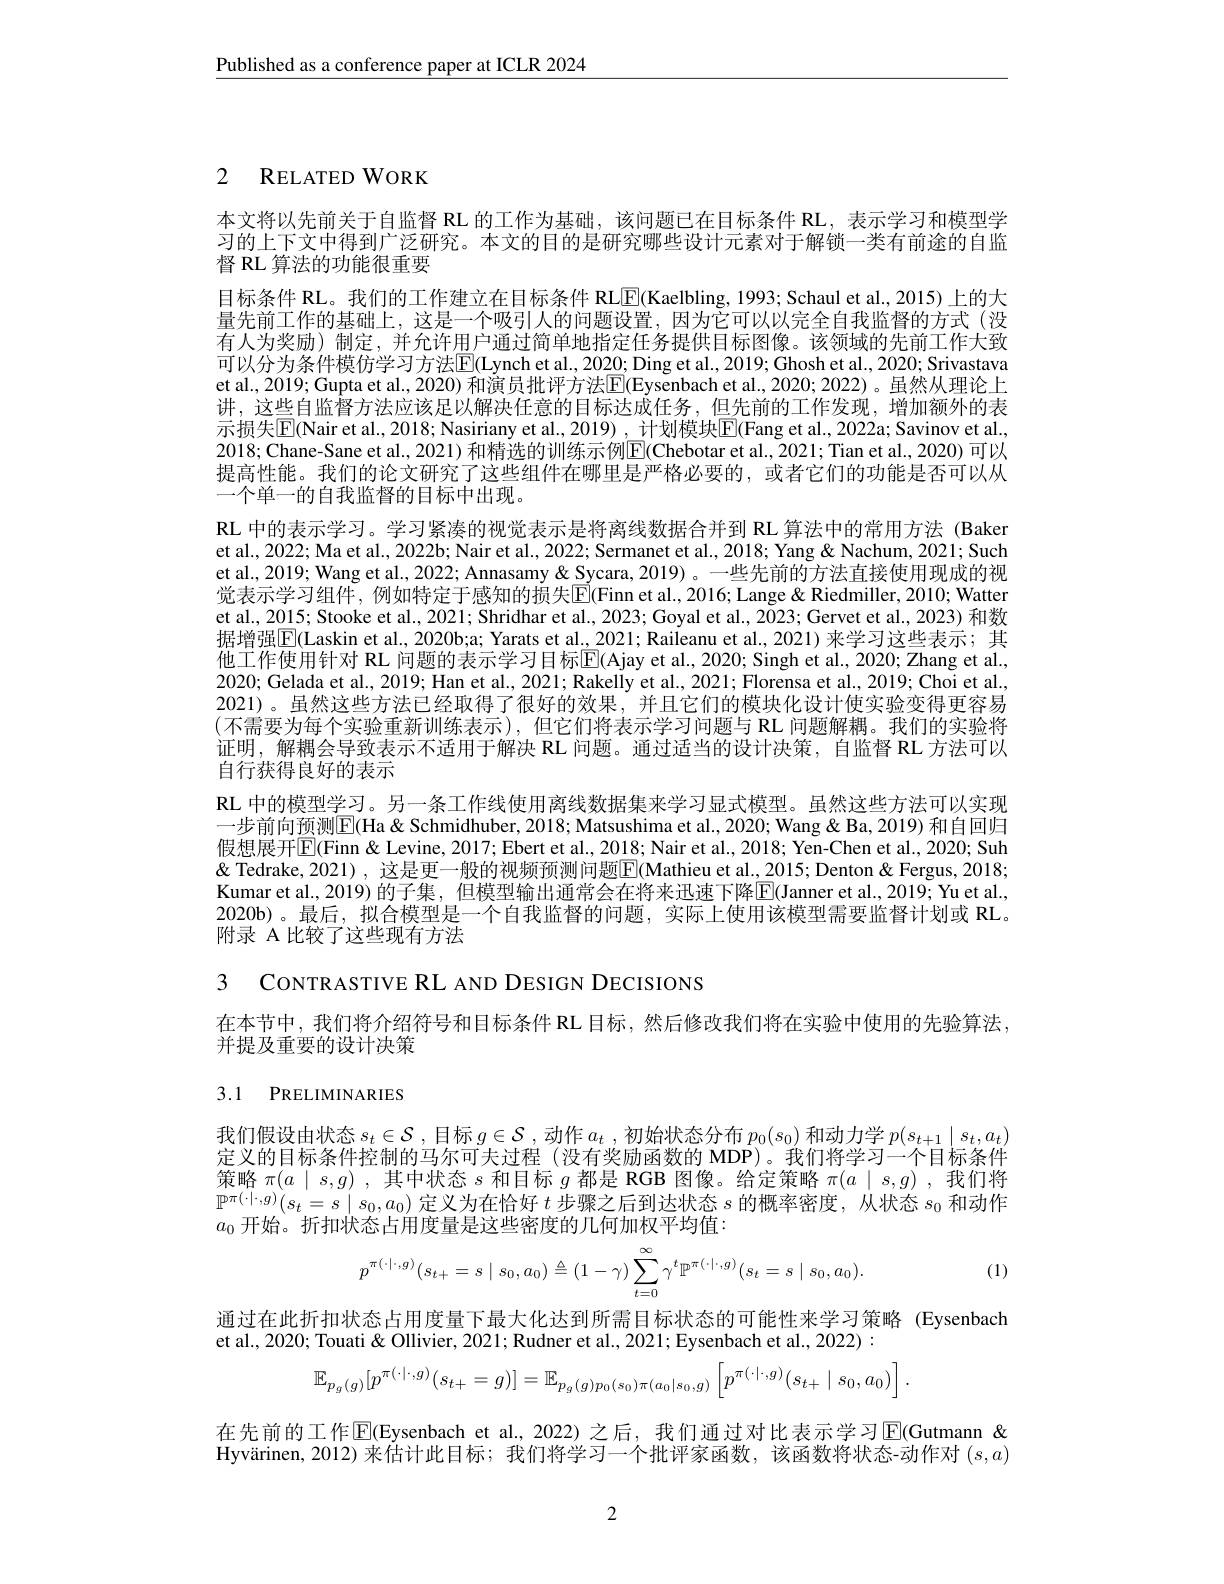
$\underline{\text{Published as a conference paper at ICLR 2024}}$

2 RELATED WORK

本文将以先前关于自监督 RL 的工作为基础，该问题已在目标条件 RL,表示学习和模型学习的上下文中得到广泛研究。本文的目的是研究哪些设计元素对于解锁一类有前途的自监督 RL 算法的功能很重要
目标条件 RL。我们的工作建立在目标条件 RL$\underline{\mathrm{E}}($Kaelbling, 1993; Schaul et al., 2015) 上的大量先前工作的基础上，这是一个吸引人的问题设置，因为它可以以完全自我监督的方式(没有人为奖励)制定，并允许用户通过简单地指定任务提供目标图像。该领域的先前工作大致可以分为条件模仿学习方法$\overline{\mathrm{E}}($Lynch et al., 2020; Ding et al., 2019; Ghosh et al., 2020; Srivastava et al., 2019; Gupta et al., 2020) 和演员批评方法E(Eysenbach et al., 2020; 2022)。虽然从理论上讲，这些自监督方法应该足以解决任意的目标达成任务，但先前的工作发现，增加额外的表示损失$\mathbb{E}($Nair et al., 2018; Nasiriany et al., 2019) , 计划模块$\mathbb{E}($Fang et al., 2022a; Savinov et al., 2018; Chane-Sane et al., 2021) 和精选的训练示例$\mathbb{E}($Chebotar et al., 2021; Tian et al., 2020) 可以提高性能。我们的论文研究了这些组件在哪里是严格必要的，或者它们的功能是否可以从一个单一的自我监督的目标中出现。
RL 中的表示学习。学习紧凑的视觉表示是将离线数据合并到 RL 算法中的常用方法 (Baker et al., 2022; Ma et al., 2022b; Nair et al., 2022; Sermanet et al., 2018; Yang & Nachum, 2021; Such et al., 2019; Wang et al., 2022; Annasamy & Sycara, 2019)。一些先前的方法直接使用现成的视觉表示学习组件，例如特定于感知的损失$\boxed{\mathrm{E}}($Finn et al., 2016; Lange & Riedmiller, 2010; Watter et al, 2015; Stooke et al., 2021; Shridhar et al., 2023; Goyal et al., 2023; Gervet et al., 2023) 和数据增强$\boxed{\mathrm{E}}($Laskin et al., 2020b;a; Yarats et al., 2021; Raileanu et al., 2021)来学习这些表示；其他工作使用针对 RL 问题的表示学习目标E(Ajay et al., 2020; Singh et al., 2020; Zhang et al., 2020; Gelada et al., 2019; Han et al., 2021; Rakelly et al., 2021; Florensa et al., 2019; Choi et al. 2021)。虽然这些方法已经取得了很好的效果，并且它们的模块化设计使实验变得更容易(不需要为每个实验重新训练表示),但它们将表示学习问题与 RL 问题解耦。我们的实验将证明，解耦会导致表示不适用于解决 RL 问题。通过适当的设计决策，自监督 RL 方法可以自行获得良好的表示
RL 中的模型学习。另一条工作线使用离线数据集来学习显式模型。虽然这些方法可以实现一步前向预测$\boxed{\mathrm{E}}($Ha& Schmidhuber, 2018; Matsushima et al., 2020; Wang & 2019) 和自回归假想展开$\boxed{\mathbb{E}}($Finn & Levine, 2017; Ebert et al., 2018; Nair et al., 2018; Yen-Chen et al., 2020; Suh $\&$ Tedrake, 2021), 这是更一般的视频预测问题$\boxed{\mathrm{F}}($Mathieu et al., 2015; Denton & Fergus, 2018; Kumar et al.,2019) 的子集，但模型输出通常会在将来迅速下降E(Janner et al., 2019; Yu et al., 2020b)。最后，拟合模型是一个自我监督的问题，实际上使用该模型需要监督计划或 RL。附录 A 比较了这些现有方法

3 CONTRASTIVE RL AND DESIGN DECISIONS

在本节中，我们将介绍符号和目标条件 RL 目标，然后修改我们将在实验中使用的先验算法，
并提及重要的设计决策

# 3.1 PRELIMINARIES

我们假设由状态$s_t\in\mathcal{S}$ ,目标$g\in\mathcal{S}$,动作$a_t$ ,初始状态分布$p_0(s_0)$和动力学$p(s_t+1\mid s_t,a_t)$ 定义的目标条件控制的马尔可夫过程(没有奖励函数的 MDP)。我们将学习一个目标条件策略$\pi(a\mid s,g)$ ,其中状态$s$和目标$g$都是 RGB 图像。给定策略$\pi(a\mid s,g)$ ,我们将$\mathbb{P}^{\pi(\cdot\mid\cdot,g)}(s_t=s\mid s_0,a_0)$定义为在恰好$t$步骤之后到达状态$s$的概率密度，从状态$s_0$和动作$a_0$开始。折扣状态占用度量是这些密度的几何加权平均值：
$$p^{\pi(\cdot|\cdot,g)}(s_{t+}=s\mid s_0,a_0)\triangleq(1-\gamma)\sum_{t=0}^{\infty}\gamma^t\mathbb{P}^{\pi(\cdot|\cdot,g)}(s_t=s\mid s_0,a_0).$$
(1)

通过在此折扣状态占用度量下最大化达到所需目标状态的可能性来学习策略 (Eysenbach
et al., 2020; Touati& Ollivier, 2021; Rudner et al., 2021; Eysenbach et al., 2022) :
$$\mathbb{E}_{p_{g}(g)}[p^{\pi(\cdot|\cdot,g)}(s_{t+}=g)]=\mathbb{E}_{p_{g}(g)p_{0}(s_{0})\pi(a_{0}|s_{0},g)}\left[p^{\pi(\cdot|\cdot,g)}(s_{t+}\mid s_{0},a_{0})\right].$$
在先前的工作$\overline{\mathbb{E}}($Eysenbach et al., 2022) 之后，我们通过对比表示学习$\overline{\mathbb{E}}($Gutmann & Hyvärinen,2012)来估计此目标；我们将学习一个批评家函数，该函数将状态-动作对$(s,a)$

2